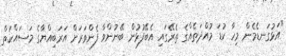
"އަޅުގަނޑެމެން މިހާ ކުޑަ މުއްދަތެއްގެ ތެރޭގައި އެބޭފުޅުން ބޭނުންވާ ފެންވަރަށް އަރަބިއްޔާގެ މަސައްކަތް